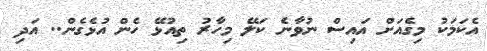
އެކަމަކު މިގެއަށް އައިސް ނުވާނެ ކަލޭ މިހާރު ތިއުޅޭ ހެން އުޅެގެން.. އަދި